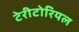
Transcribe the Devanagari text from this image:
टेरीटोरियल